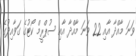
ވަނަ މާއްދާ އާއި 22 ވަނަ މާއްދާ އާއި ސުޕްރީމް ކޯޓުގެ ގަވާއިދުގެ